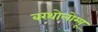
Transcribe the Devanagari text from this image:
बरथोलोम्यू